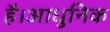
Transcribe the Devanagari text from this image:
है।आधुनिक